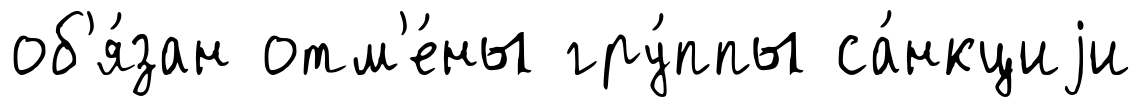
об'я́зан отм'е́ны гру́ппы са́нкциjи